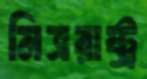
মিত্ররাষ্ট্র